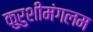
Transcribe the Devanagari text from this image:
कुरुशीमंगलम